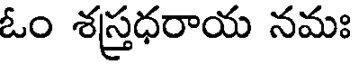
ఓం శస్త్రధరాయ నమః